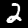
Label: 2